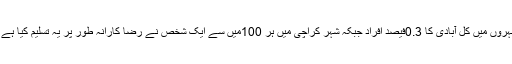
ایک سروے کے مطابق پاکستان کے سات بڑے شہروں میں کل آبادی کا 0.3فیصد افراد جبکہ شہر کراچی میں ہر 100میں سے ایک شخص نے رضا کارانہ طور پر یہ تسلیم کیا ہے کہ وہ باقاعدہ گداگری کے پیشے سے منسلک ہے۔